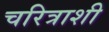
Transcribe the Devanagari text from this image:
चरित्राशी